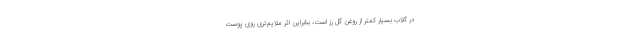
در گلاب بسیار کمتر از روغن گل رز است، بنابراین اثر ملایم‌تری روی پوست